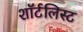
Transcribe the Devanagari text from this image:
शॉर्टलिस्ट